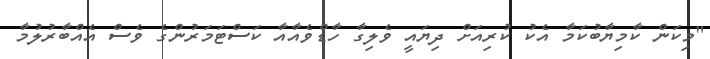
"މިކަން ކާމިޔާބުކަމާ އެކު ކުރިއަށް ދިޔައީ ވެލިގާ ހާޑްވެއާއާ ކަސްޓަމަރުންގެ ވެސް އެއްބާރުލުމާ